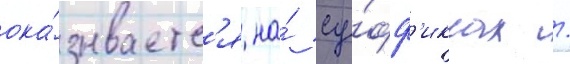
ока́зываетс'я на́ су́фф'иксах /